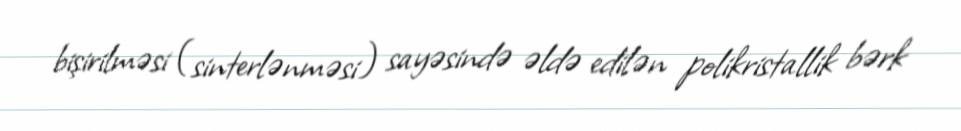
bişirilməsi (sinterlənməsi) sayəsində əldə edilən polikristallik bərk